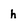
Character: h